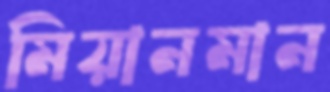
মিয়ানমান